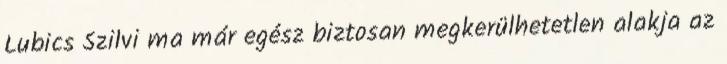
Lubics Szilvi ma már egész biztosan megkerülhetetlen alakja az